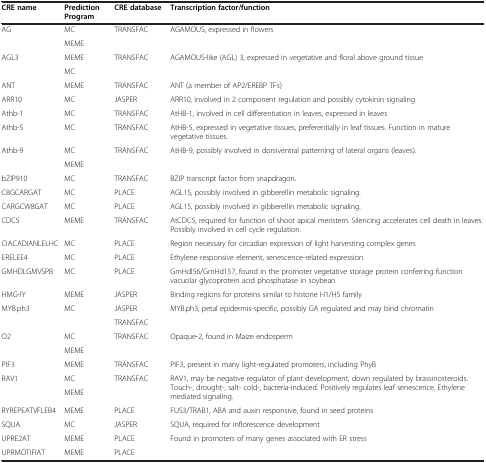
<table><thead><tr><td><b>CRE name</b></td><td><b>Prediction Program</b></td><td><b>CRE database</b></td><td><b>Transcription factor/function</b></td></tr></thead><tbody><tr><td rowspan="2">AG</td><td>MC</td><td rowspan="2">TRANSFAC</td><td rowspan="2">AGAMOUS, expressed in flowers</td></tr><tr><td>MEME</td></tr><tr><td rowspan="2">AGL3</td><td>MEME</td><td rowspan="2">TRANSFAC</td><td rowspan="2">AGAMOUS-like (AGL) 3, expressed in vegetative and floral above ground tissue</td></tr><tr><td>MC</td></tr><tr><td>ANT</td><td>MEME</td><td>TRANSFAC</td><td>ANT (a member of AP2/EREBP TFs)</td></tr><tr><td>ARR10</td><td>MC</td><td>JASPER</td><td>ARR10, involved in 2 component regulation and possibly cytokinin signaling</td></tr><tr><td>Athb-1</td><td>MC</td><td>TRANSFAC</td><td>AtHB-1, involved in cell differentiation in leaves, expressed in leaves</td></tr><tr><td>Athb-5</td><td>MC</td><td>TRANSFAC</td><td>AtHB-5, expressed in vegetative tissues, preferentially in leaf tissues. Function in mature vegetative tissues.</td></tr><tr><td rowspan="2">Athb-9</td><td>MC</td><td rowspan="2">TRANSFAC</td><td rowspan="2">AtHB-9, possibly involved in dorsiventral patterning of lateral organs (leaves).</td></tr><tr><td>MEME</td></tr><tr><td>bZIP910</td><td>MC</td><td>TRANSFAC</td><td>BZIP transcript factor from snapdragon.</td></tr><tr><td>C8GCARGAT</td><td>MC</td><td>PLACE</td><td>AGL15, possibly involved in gibberellin metabolic signaling.</td></tr><tr><td>CARGCW8GAT</td><td>MC</td><td>PLACE</td><td>AGL15, possibly involved in gibberellin metabolic signaling.</td></tr><tr><td>CDC5</td><td>MEME</td><td>TRANSFAC</td><td>AtCDC5, required for function of shoot apical meristem. Silencing accelerates cell death in leaves. Possibly involved in cell cycle regulation.</td></tr><tr><td>CIACADIANLELHC</td><td>MC</td><td>PLACE</td><td>Region necessary for circadian expression of light harvesting complex genes</td></tr><tr><td>ERELEE4</td><td>MC</td><td>PLACE</td><td>Ethylene responsive element, senescence-related expression</td></tr><tr><td>GMHDLGMVSPB</td><td>MC</td><td>PLACE</td><td>GmHdl56/GmHd157, found in the promoter vegetative storage protein conferring function vacuolar glycoprotein acid phosphatase in soybean</td></tr><tr><td>HMG-IY</td><td>MEME</td><td>JASPER</td><td>Binding regions for proteins similar to histone H1/H5 family</td></tr><tr><td rowspan="2">MYB.ph3</td><td rowspan="2">MC</td><td>JASPER</td><td rowspan="2">MYB.ph3, petal epidermis-specific, possibly GA regulated and may bind chromatin</td></tr><tr><td>TRANSFAC</td></tr><tr><td rowspan="2">O2</td><td>MC</td><td rowspan="2">TRANSFAC</td><td rowspan="2">Opaque-2, found in Maize endosperm</td></tr><tr><td>MEME</td></tr><tr><td>PIF3</td><td>MEME</td><td>TRANSFAC</td><td>PIF3, present in many light-regulated promoters, including PhyB</td></tr><tr><td rowspan="2">RAV1</td><td>MC</td><td rowspan="2">TRANSFAC</td><td rowspan="2">RAV1, may be negative regulator of plant development, down regulated by brassinosteroids. Touch-, drought-, salt- cold-, bacteria-induced. Positively regulates leaf senescence. Ethylene mediated signaling.</td></tr><tr><td>MEME</td></tr><tr><td>RYREPEATVFLEB4</td><td>MEME</td><td>PLACE</td><td>FUS3/TRAB1, ABA and auxin responsive, found in seed proteins</td></tr><tr><td>SQUA</td><td>MC</td><td>JASPER</td><td>SQUA, required for inflorescence development</td></tr><tr><td>UPRE2AT</td><td>MEME</td><td>PLACE</td><td>Found in promoters of many genes associated with ER stress</td></tr><tr><td>UPRMOTIFIAT</td><td>MEME</td><td>PLACE</td><td>[EMPTY_CELL]</td></tr></tbody></table>